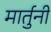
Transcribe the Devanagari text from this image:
मार्तुनी